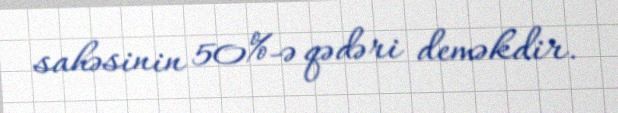
sahəsinin 50%-ə qədəri deməkdir.